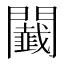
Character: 𨷡